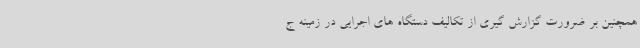
همچنین بر ضرورت گزارش گیری از تکالیف دستگاه های اجرایی در زمینه ج